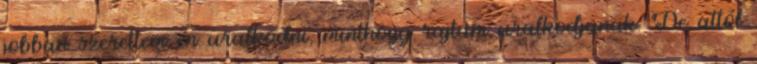
jobban szerettem én uralkodni, minthogy rajtam uralkodjanak. De attól